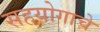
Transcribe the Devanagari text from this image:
सहयोगाचे